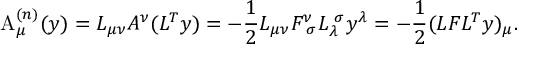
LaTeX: \mathrm { A } _ { \mu } ^ { ( n ) } ( y ) = { \cal L } _ { \mu \nu } A ^ { \nu } ( { \cal L } ^ { T } y ) = - \frac { 1 } { 2 } { \cal L } _ { \mu \nu } F _ { \ \sigma } ^ { \nu } { \cal L } _ { \lambda } ^ { \ \sigma } y ^ { \lambda } = - \frac { 1 } { 2 } ( { \cal L } F { \cal L } ^ { T } y ) _ { \mu } .